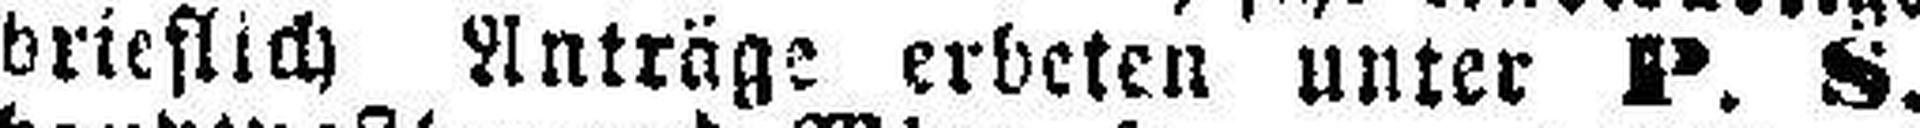
brieflich Anträge erbeten unter P. S.